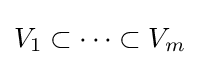
V_{1}\subset \dots \subset V_{m}